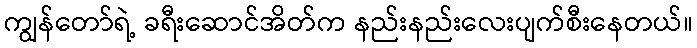
ကျွန်တော်ရဲ့ ခရီးဆောင်အိတ်က နည်းနည်းလေးပျက်စီးနေတယ်။